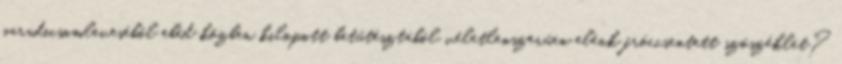
paradicsomleveséből ebéd közben kilopott betűtésztából véletlenszerűen elénk fröccsentett szószéklet?